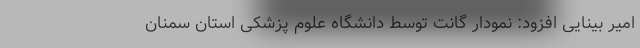
امیر بینایی افزود: نمودار گانت توسط دانشگاه علوم پزشکی استان سمنان